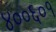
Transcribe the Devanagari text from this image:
४००६०१